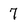
Character: 7